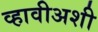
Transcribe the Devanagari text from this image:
व्हावीअशी